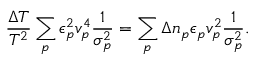
{ \frac { \Delta T } { T ^ { 2 } } } \sum _ { p } \epsilon _ { p } ^ { 2 } { v } _ { p } ^ { 4 } { \frac { 1 } { { \sigma } _ { p } ^ { 2 } } } = \sum _ { p } \Delta n _ { p } \epsilon _ { p } { v } _ { p } ^ { 2 } { \frac { 1 } { { \sigma } _ { p } ^ { 2 } } } .